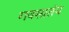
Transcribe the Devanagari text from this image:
गवसातंय